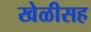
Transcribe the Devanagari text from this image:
खेळीसह